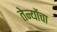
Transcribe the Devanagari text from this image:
तेन्योंचा